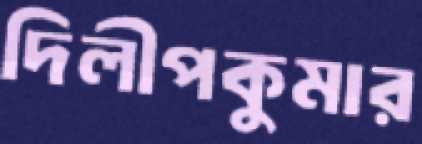
দিলীপকুমার